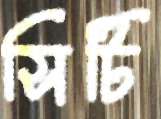
সিটি